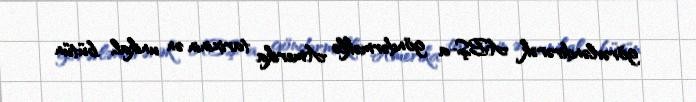
görəvləndirərək ABŞ-a göndərməklə Amerika tarixinin ən unikal, bütün